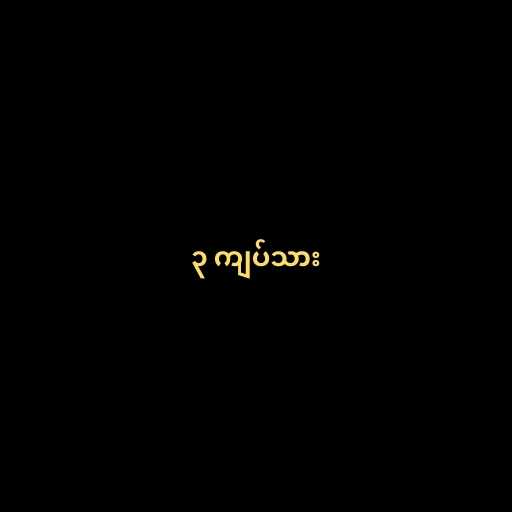
၃ ကျပ်သား